Vaccine operations Central Provinces 1868-1885 - 1868-1885
Year: 1868
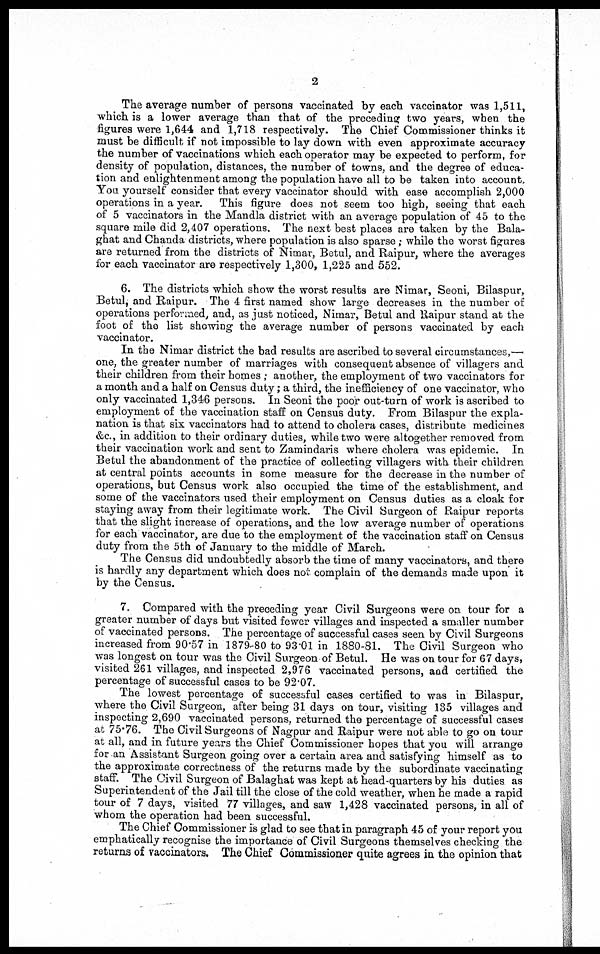
2
The average number of persons vaccinated by each vaccinator was 1,511,
which is a lower average than that of the preceding two years, when the
figures were 1,644 and 1,718 respectively. The Chief Commissioner thinks it
must be difficult if not impossible to lay down with even approximate accuracy
the number of vaccinations which each operator may be expected to perform, for
density of population, distances, the number of towns, and the degree of educa-
tion and enlightenment among the population have all to be taken into account.
You yourself consider that every vaccinator should with ease accomplish 2,000
operations in a year. This figure does not seem too high, seeing that each
of 5 vaccinators in the Mandla district with an average population of 45 to the
square mile did 2,407 operations. The next best places are taken by the Bala-
ghat and Chanda districts, where population is also sparse ; while the worst figures
are returned from the districts of Nimar, Betul, and Raipur, where the averages
for each vaccinator are respectively 1,300, 1,225 and 552.
6. The districts which show the worst results are Nimar, Seoni, Bilaspur,
Betul, and Raipur. The 4 first named show large decreases in the number of
operations performed, and, as just noticed, Nimar, Betul and Raipur stand at the
foot of the list showing the average number of persons vaccinated by each
vaccinator.
In the Nimar district the bad results are ascribed to several circumstances,—
one, the greater number of marriages with consequent absence of villagers and
their children from their homes ; another, the employment of two vaccinators for
a month and a half on Census duty; a third, the inefficiency of one vaccinator, who
only vaccinated 1,346 persons. In Seoni the poor out-turn of work is ascribed to
employment of the vaccination staff on Census duty. From Bilaspur the expla-
nation is that six vaccinators had to attend to cholera cases, distribute medicines
&c, in addition to their ordinary duties, while two were altogether removed from
their vaccination work and sent to Zamindaris where cholera was epidemic. In
Betul the abandonment of the practice of collecting villagers with their children
at central points accounts in some measure for the decrease in the number of
operations, but Census work also occupied the time of the establishment, and
some of the vaccinators used their employment on Census duties as a cloak for
staying away from their legitimate work. The Civil Surgeon of Raipur reports
that the slight increase of operations, and the low average number of operations
for each vaccinator, are due to the employment of the vaccination staff on Census
duty from the 5th of January to the middle of March.
The Census did undoubtedly absorb the time of many vaccinators, and there
is hardly any department which does not complain of the demands made upon it
by the Census.
7. Compared with the preceding year Civil Surgeons were on tour for a
greater number of days but visited fewer villages and inspected a smaller number
of vaccinated persons. The percentage of successful cases seen by Civil Surgeons
increased from 90.57 in 1879-80 to 93.01 in 1880-81. The Civil Surgeon who
was longest on tour was the Civil Surgeon of Betul. He was on tour for 67 days,
visited 261 villages, and inspected 2,976 vaccinated persons, and certified the
percentage of successful cases to be 92.07.
The lowest percentage of successful cases certified to was in Bilaspur,
where the Civil Surgeon, after being 31 days on tour, visiting 135 villages and
inspecting 2,690 vaccinated persons, returned the percentage of successful cases
at 75.76. The Civil Surgeons of Nagpur and Raipur were not able to go on tour
at all, and in future years the Chief Commissioner hopes that you will arrange
for an Assistant Surgeon going over a certain area and satisfying himself as to
the approximate correctness of the returns made by the subordinate vaccinating
staff. The Civil Surgeon of Balaghat was kept at head-quarters by his duties as
Superintendent of the Jail till the close of the cold weather, when he made a rapid
tour of 7 days, visited 77 villages, and saw 1,428 vaccinated persons, in all of
whom the operation had been successful.
The Chief Commissioner is glad to see that in paragraph 45 of your report you
emphatically recognise the importance of Civil Surgeons themselves checking the
returns of vaccinators. The Chief Commissioner quite agrees in the opinion that